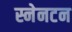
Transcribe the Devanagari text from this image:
स्नेनटन